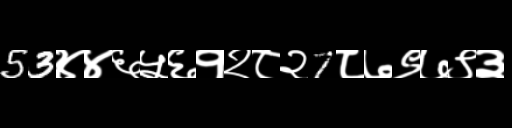
Text: 53४४६५६१२८२7८७९७९३